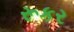
રૂકર